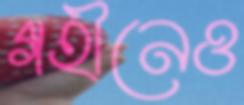
গহীনেও